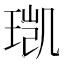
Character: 𮴥